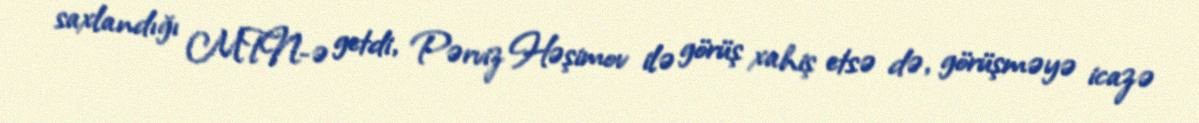
saxlandığı MTN-ə getdi, Pərviz Həşimov ilə görüş xahiş etsə də, görüşməyə icazə